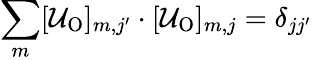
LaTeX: \sum_{m}[\mathcal{U}_{\mathrm{{O}}}]_{m,j^{\prime}}\cdot[\mathcal{U}_{\mathrm{{O}}}]_{m,j}=\delta_{jj^{\prime}}